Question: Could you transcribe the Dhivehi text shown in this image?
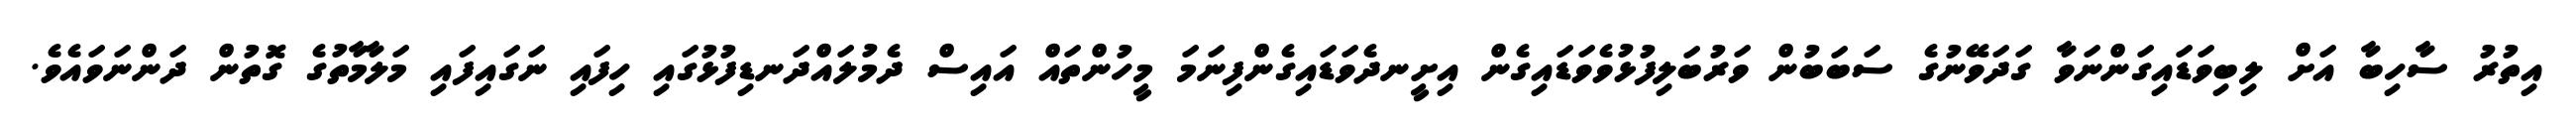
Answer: އިތުރު ސާހިބާ އަށް ލިބިވަޑައިގަންނަވާ ގަދަވޭނުގެ ސަބަބުން ވަރުބަލިފުޅުވެވަޑައިގެން އިށީނދެވަޑައިގެންފިނަމަ މީހުންތައް އައިސް ދެމުލައްދަނޑިފުޅުގައި ހިފައި ނަގައިފައި މަލާމާތުގެ ގޮތުން ދަންނަވައެވެ.